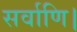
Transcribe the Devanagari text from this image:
सर्वाणि।